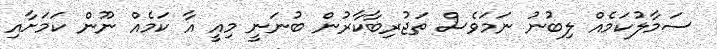
ސަމާލުކަމެއް ލިބުނު ނަމަވެސް ތަޖުރިބާކާރުން ބުނަނީ މިއީ އާ ކަމެއް ނޫން ކަމަށާއި